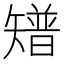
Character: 𥐅